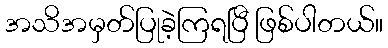
အသိအမှတ်ပြုခဲ့ကြရပြီ ဖြစ်ပါတယ်။